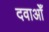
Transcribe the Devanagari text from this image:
दवाओँ